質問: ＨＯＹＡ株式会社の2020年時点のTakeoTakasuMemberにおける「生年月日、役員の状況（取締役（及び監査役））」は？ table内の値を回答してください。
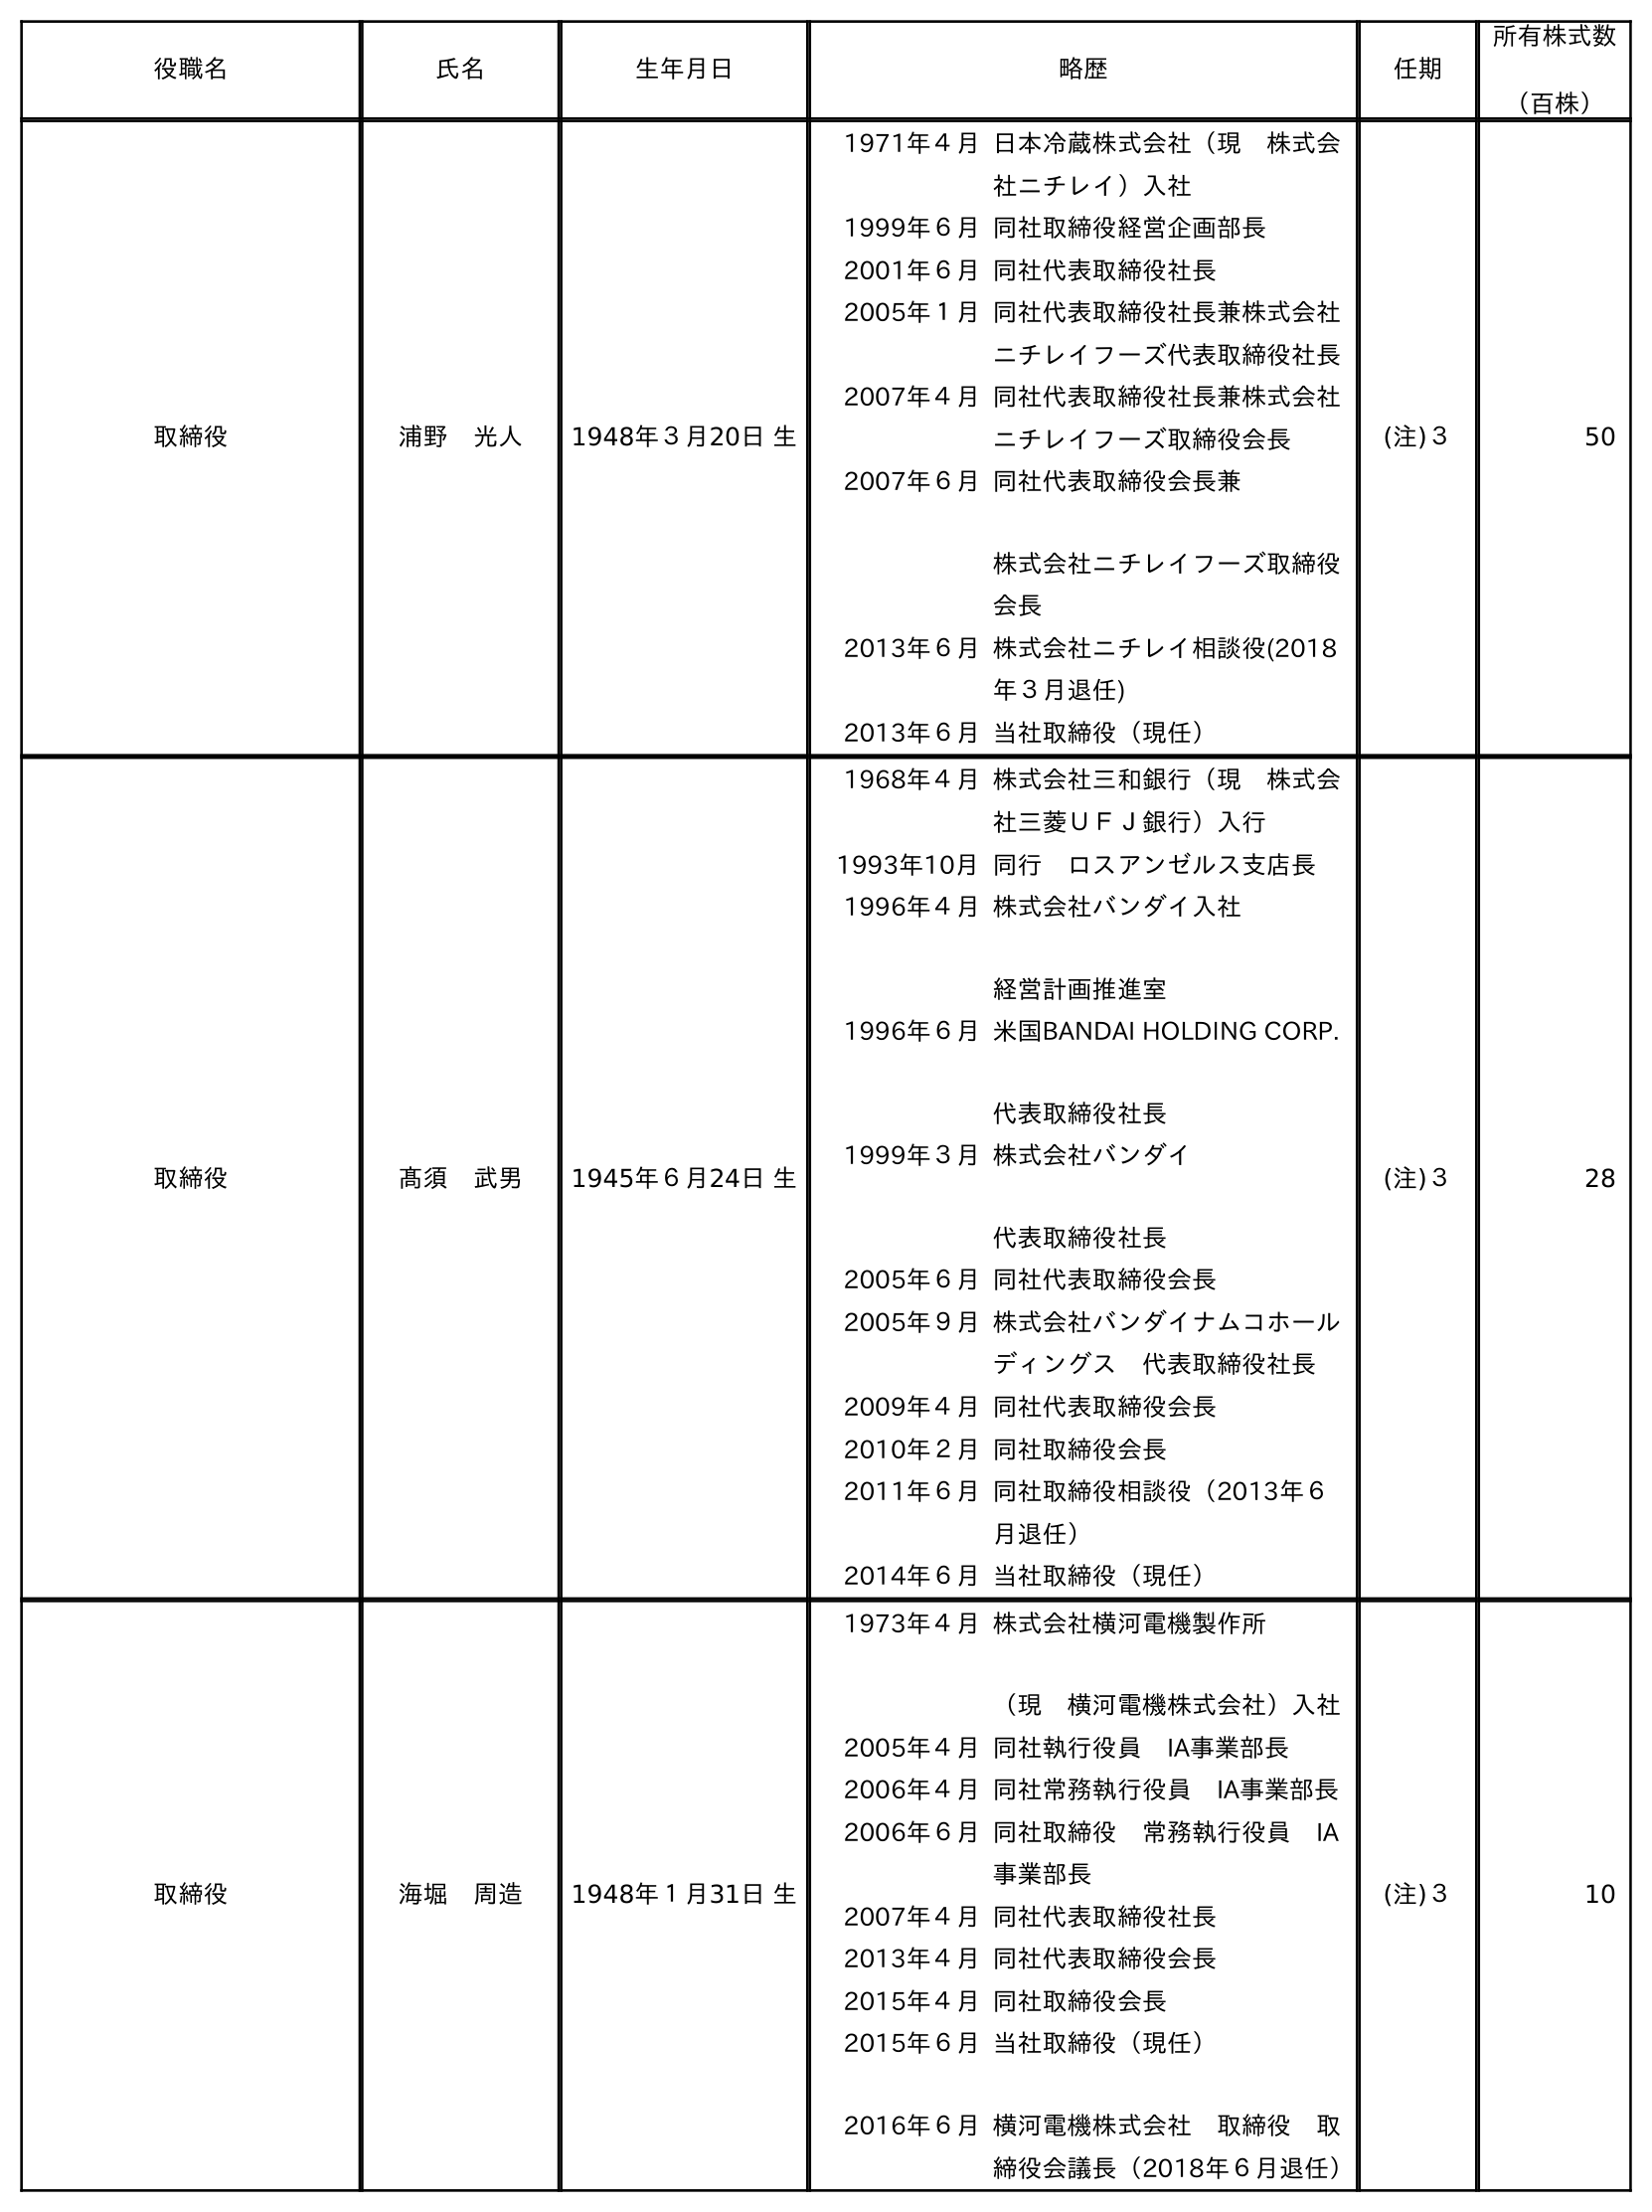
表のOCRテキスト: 役職名 氏名 生年月日 略歴 任期 所有株式数 （百株） 取締役 浦野 光人 1948年３月20日 生 1971年４月日本冷蔵株式会社（現 株式会 社ニチレイ）入社 1999年６月同社取締役経営企画部長 2001年６月同社代表取締役社長 2005年１月同社代表取締役社長兼株式会社 ニチレイフーズ代表取締役社長 2007年４月同社代表取締役社長兼株式会社 ニチレイフーズ取締役会長 2007年６月同社代表取締役会長兼 株式会社ニチレイフーズ取締役 会長 2013年６月株式会社ニチレイ相談役(2018 年３月退任) 2013年６月当社取締役（現任） (注)３ 50 取締役 髙須 武男 1945年６月24日 生 1968年４月株式会社三和銀行（現 株式会 社三菱ＵＦＪ銀行）入行 1993年10月同行 ロスアンゼルス支店長 1996年４月株式会社バンダイ入社 経営計画推進室 1996年６月米国BANDAI HOLDING CORP. 代表取締役社長 1999年３月株式会社バンダイ 代表取締役社長 2005年６月同社代表取締役会長 2005年９月株式会社バンダイナムコホール ディングス 代表取締役社長 2009年４月同社代表取締役会長 2010年２月同社取締役会長 2011年６月同社取締役相談役（2013年６ 月退任） 2014年６月当社取締役（現任） (注)３ 28 取締役 海堀 周造 1948年１月31日 生 1973年４月株式会社横河電機製作所 （現 横河電機株式会社）入社 2005年４月同社執行役員 IA事業部長 2006年４月同社常務執行役員 IA事業部長 2006年６月同社取締役 常務執行役員 IA 事業部長 2007年４月同社代表取締役社長 2013年４月同社代表取締役会長 2015年４月同社取締役会長 2015年６月 2016年６月 当社取締役（現任） 横河電機株式会社 取締役 取 締役会議長（2018年６月退任） (注)３ 10
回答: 1945年６月24日生